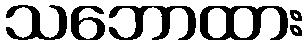
သဘောထား